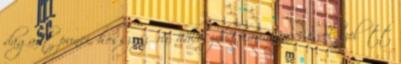
dagadt punci, hossz szőrü, hálószoba harisnya 3 évvel ezelőtt